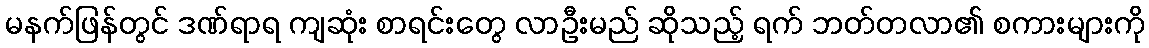
မနက်ဖြန်တွင် ဒဏ်ရာရ ကျဆုံး စာရင်းတွေ လာဦးမည် ဆိုသည့် ရက် ဘတ်တလာ၏ စကားများကို